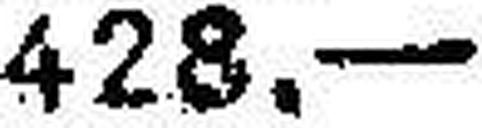
428.—